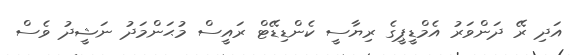
އަދި ރޭ ދަންވަރު އެމްޑީޕީގެ ރިޔާސީ ކެންޑިޑޭޓް ރައީސް މުޙަންމަދު ނަޝީދު ވެސް